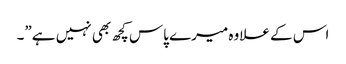
اس کے علاوہ میرے پاس کچھ بھی نہیں ہے”۔